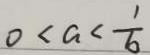
0 < a < \frac { 1 } { 6 }